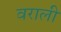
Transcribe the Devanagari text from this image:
वराली